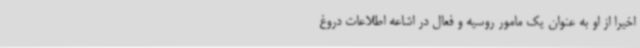
اخیرا از او به عنوان یک مامور روسیه و فعال در اشاعه اطلاعات دروغ